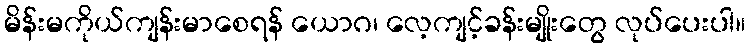
မိန်းမကိုယ်ကျန်းမာစေရန် ယောဂ၊ လေ့ကျင့်ခန်းမျိုးတွေ လုပ်ပေးပါ။